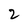
Character: 2